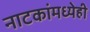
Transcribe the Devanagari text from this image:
नाटकांमध्येही